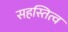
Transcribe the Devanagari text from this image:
सहस्तित्व